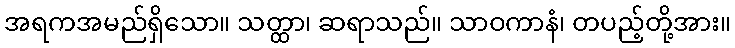
အရကအမည်ရှိသော။ သတ္ထာ၊ ဆရာသည်။ သာဝကာနံ၊ တပည့်တို့အား။